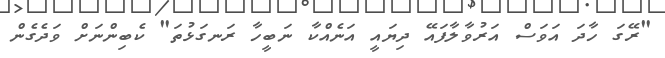
"ރޭގަ ހާދަ އަވަސް އަރުވާލާފައޭ ދިޔައީ އަނެއްކާ ނަބީހާ ރަނގަޅުތަ" ކެބިންނަށް ވަދެގެން